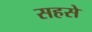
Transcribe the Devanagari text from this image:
सहसे